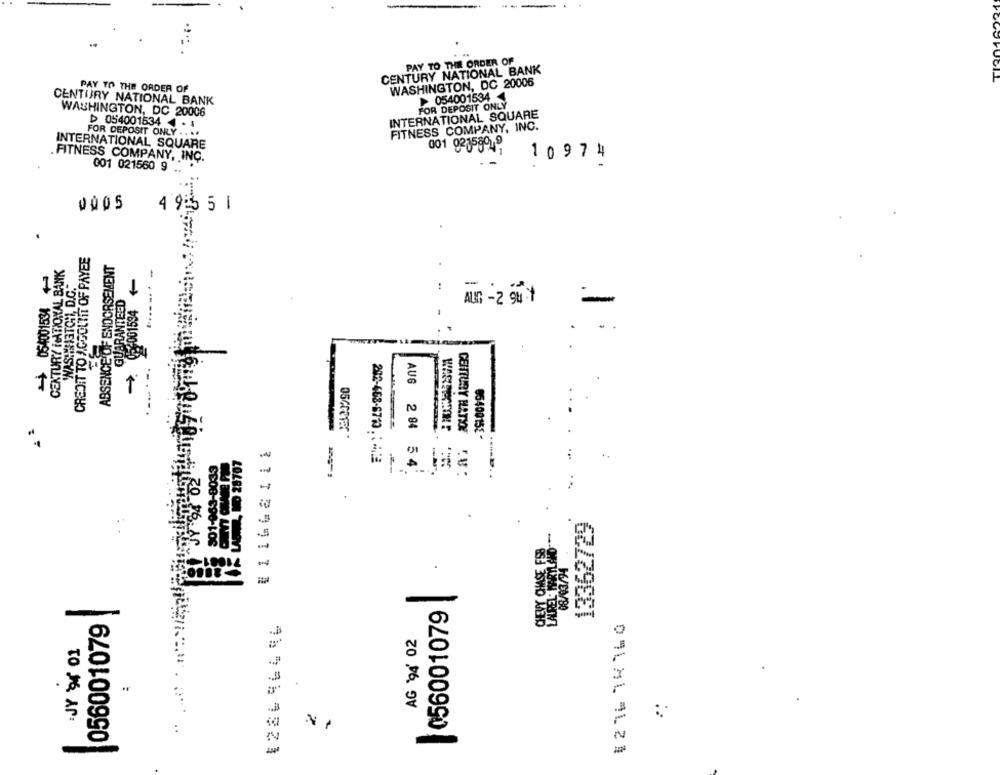
PAY TO THE ORDER OF
CENTURY NATIONAL BANK
WASHINGTON, DC 20006
PAY TO THE ORDER OF
CENTURY NATIONAL BANK
054001534
FOR DEPOSIT ONLY
WASHINGTON, DC 20006
INTERNATIONAL SQUARE
D 054001534 - 1
FOR DEPOSIT ONLY ....
FITNESS COMPANY, INC.
INTERNATIONAL SQUARE
001 92055949
.FITNESS COMPANY, INC.
10974
001 021560 9 ..
0005
4 9:5 5 1
CREDIT TO AGGOLTIT OF PAYEE
ABSENCE OF ENDORSEMENT
054001534 +
CENTURY NATIONAL BANK
02-001534 -
.---- -
"WASHINGTON, D.C."
GUARANTEED
AUG - 2 94.1
=
.-.
AUG 2 94
:AT
0 28701
13362729
08/03/94
.
|056001079 |
056001079
¥276 14760
AG '94' 02
JY 9 01